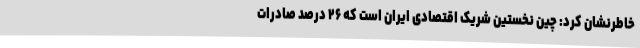
خاطرنشان کرد: چین نخستین شریک اقتصادی ایران است که ۲۶ درصد صادرات